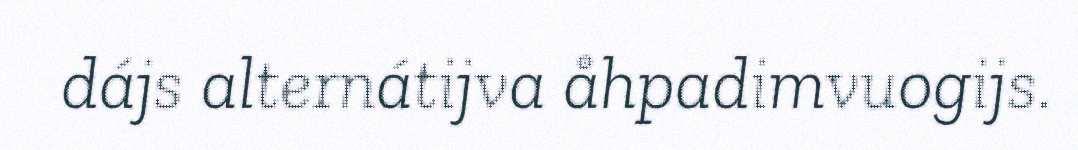
dájs alternátijva åhpadimvuogijs.